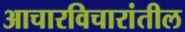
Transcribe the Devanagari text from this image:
आचारविचारांतील